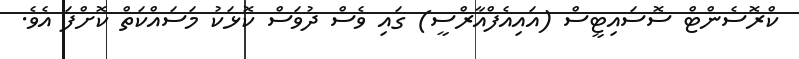
ކްރޮސެންޓް ސޮސައިޓީސް (އައިއެފްއާރްސީ) ގައި ވެސް ދުވަސް ކޮޅަކު މަސައްކަތް ކޮށްފަ އެވެ.